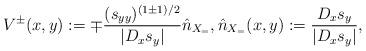
LaTeX: \begin{align*}V^\pm(x,y) := \mp \frac{(s_{yy})^{(1\pm 1)/2}}{|D_x s_y|} \hat n_{X_=}, \hat n_{X_=} (x,y):= \frac{D_x s_y}{|D_x s_y|},\end{align*}